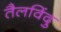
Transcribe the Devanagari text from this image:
तैलविंदु